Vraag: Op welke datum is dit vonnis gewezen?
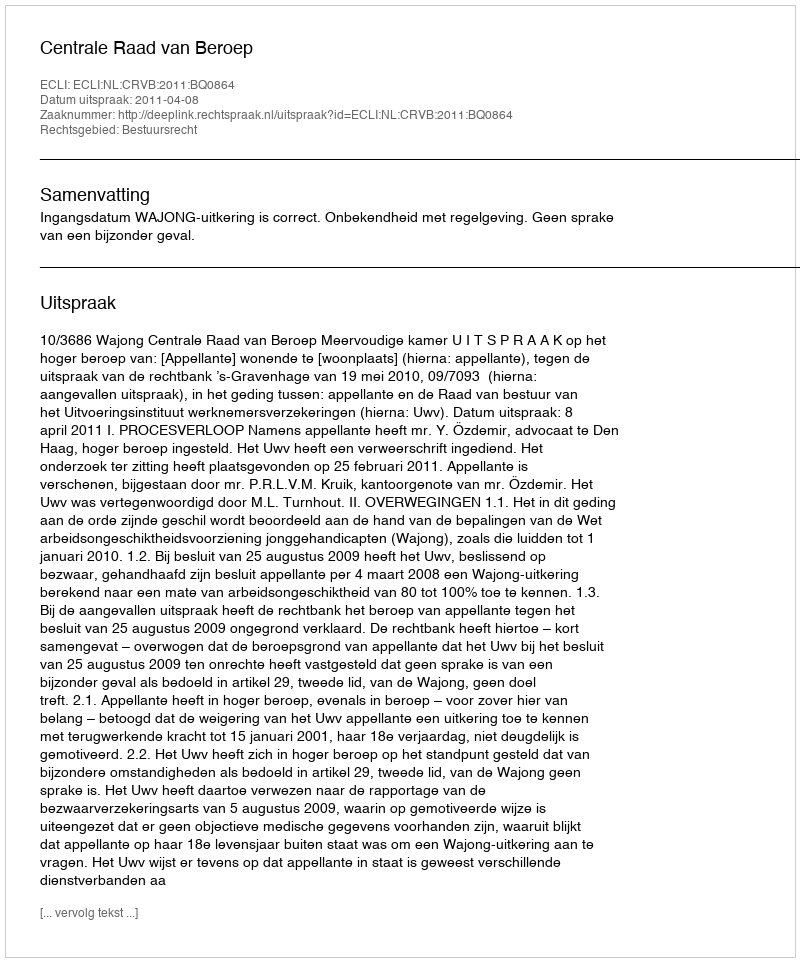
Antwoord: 2011-04-08